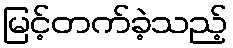
မြင့်တက်ခဲ့သည့်